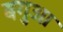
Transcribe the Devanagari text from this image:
बगुआ